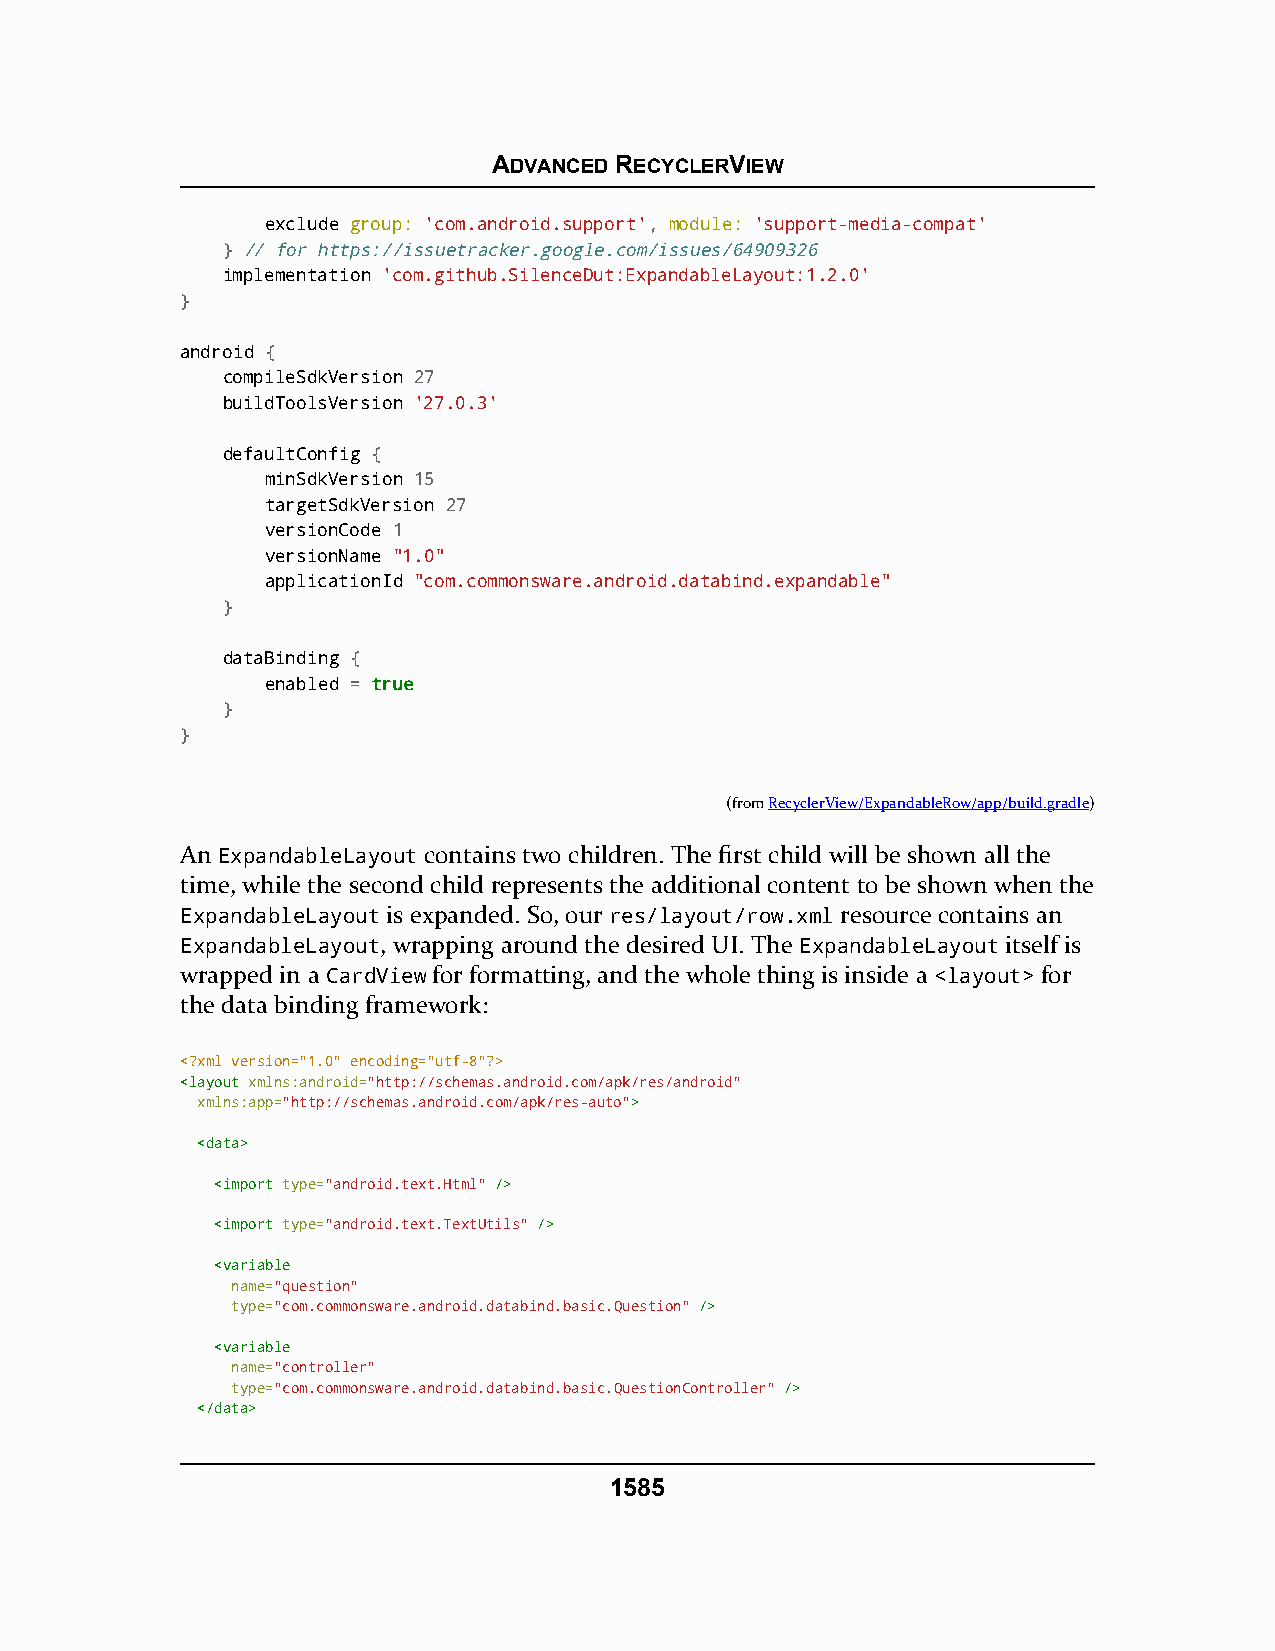
ADVANCED RECYCLERVIEW
 exclude group: 'com.android.support', module: 'support-media-compat'
 } // for https://issuetracker.google.com/issues/64909326
 implementation 'com.github.SilenceDut:ExpandableLayout:1.2.0'
 }
 android {
 compileSdkVersion 27
 buildToolsVersion '27.0.3'
 defaultConfig {
 minSdkVersion 15
 targetSdkVersion 27
 versionCode 1
 versionName "1.0"
 applicationId "com.commonsware.android.databind.expandable"
 }
 dataBinding {
 enabled = ttrruuee
 }
 }
 (fromRecyclerView/ExpandableRow/app/build.gradle)
 An ExpandableLayout contains two children. The first child will be shown all the
 time, while the second child represents the additional content to be shown when the
 ExpandableLayout is expanded. So, our res/layout/row.xml resource contains an
 ExpandableLayout, wrapping around the desired UI. The ExpandableLayout itself is
 wrapped in a CardView for formatting, and the whole thing is inside a <layout> for
 the data binding framework:
 <?xml version="1.0" encoding="utf-8"?>
 <<llaayyoouutt xmlns:android="http://schemas.android.com/apk/res/android"
 xmlns:app="http://schemas.android.com/apk/res-auto">>
 <<ddaattaa>>
 <<iimmppoorrtt type="android.text.Html" //>>
 <<iimmppoorrtt type="android.text.TextUtils" //>>
 <<vvaarriiaabbllee
 name="question"
 type="com.commonsware.android.databind.basic.Question" //>>
 <<vvaarriiaabbllee
 name="controller"
 type="com.commonsware.android.databind.basic.QuestionController" //>>
 <<//ddaattaa>>
 1585